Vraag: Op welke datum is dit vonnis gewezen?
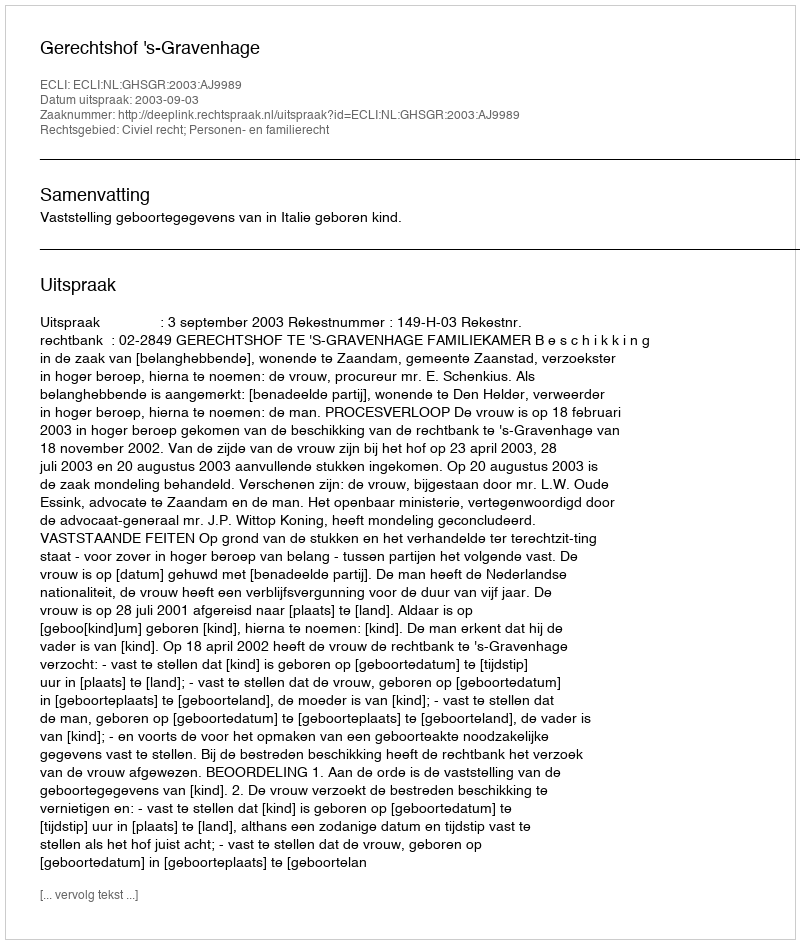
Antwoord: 2003-09-03